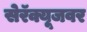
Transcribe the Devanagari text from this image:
सेरॅक्यूजवर